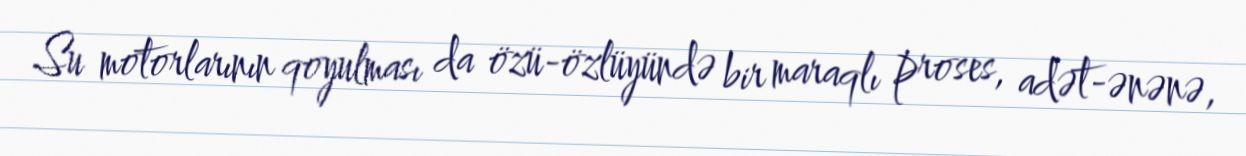
Su motorlarının qoyulması da özü-özlüyündə bir maraqlı proses, adət-ənənə,